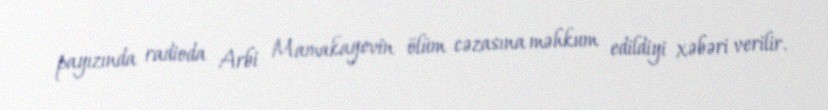
payızında radioda Arbi Mamakayevin ölüm cəzasına məhkum edildiyi xəbəri verilir.